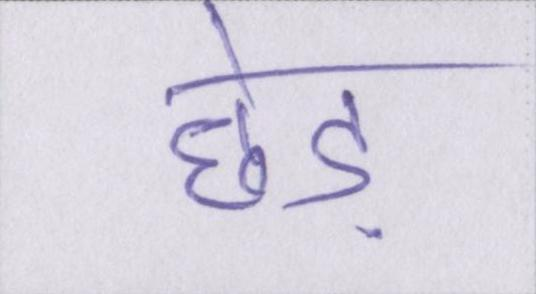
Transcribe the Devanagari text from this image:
छेड़